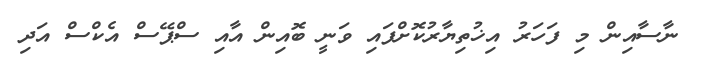
ނާސާއިން މި ފަހަރު އިޚުތިޔާރުކޮށްފައި ވަނީ ބޮއިން އާއި ސްޕޭސް އެކްސް އަދި